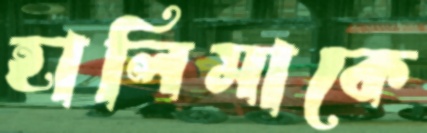
হালিমাকে